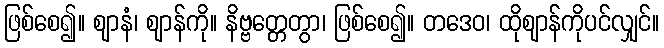
ဖြစ်စေ၍။ ဈာနံ၊ ဈာန်ကို။ နိဗ္ဗတ္တေတွာ၊ ဖြစ်စေ၍။ တဒေဝ၊ ထိုဈာန်ကိုပင်လျှင်။